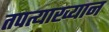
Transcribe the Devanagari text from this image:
तपत्याख्यान